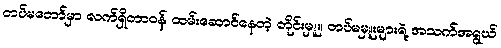
တပ်မတော်မှာ လက်ရှိတာဝန် ထမ်းဆောင်နေတဲ့ တိုင်းမှူး၊ တပ်မမှူးများရဲ့ အသက်အရွယ်